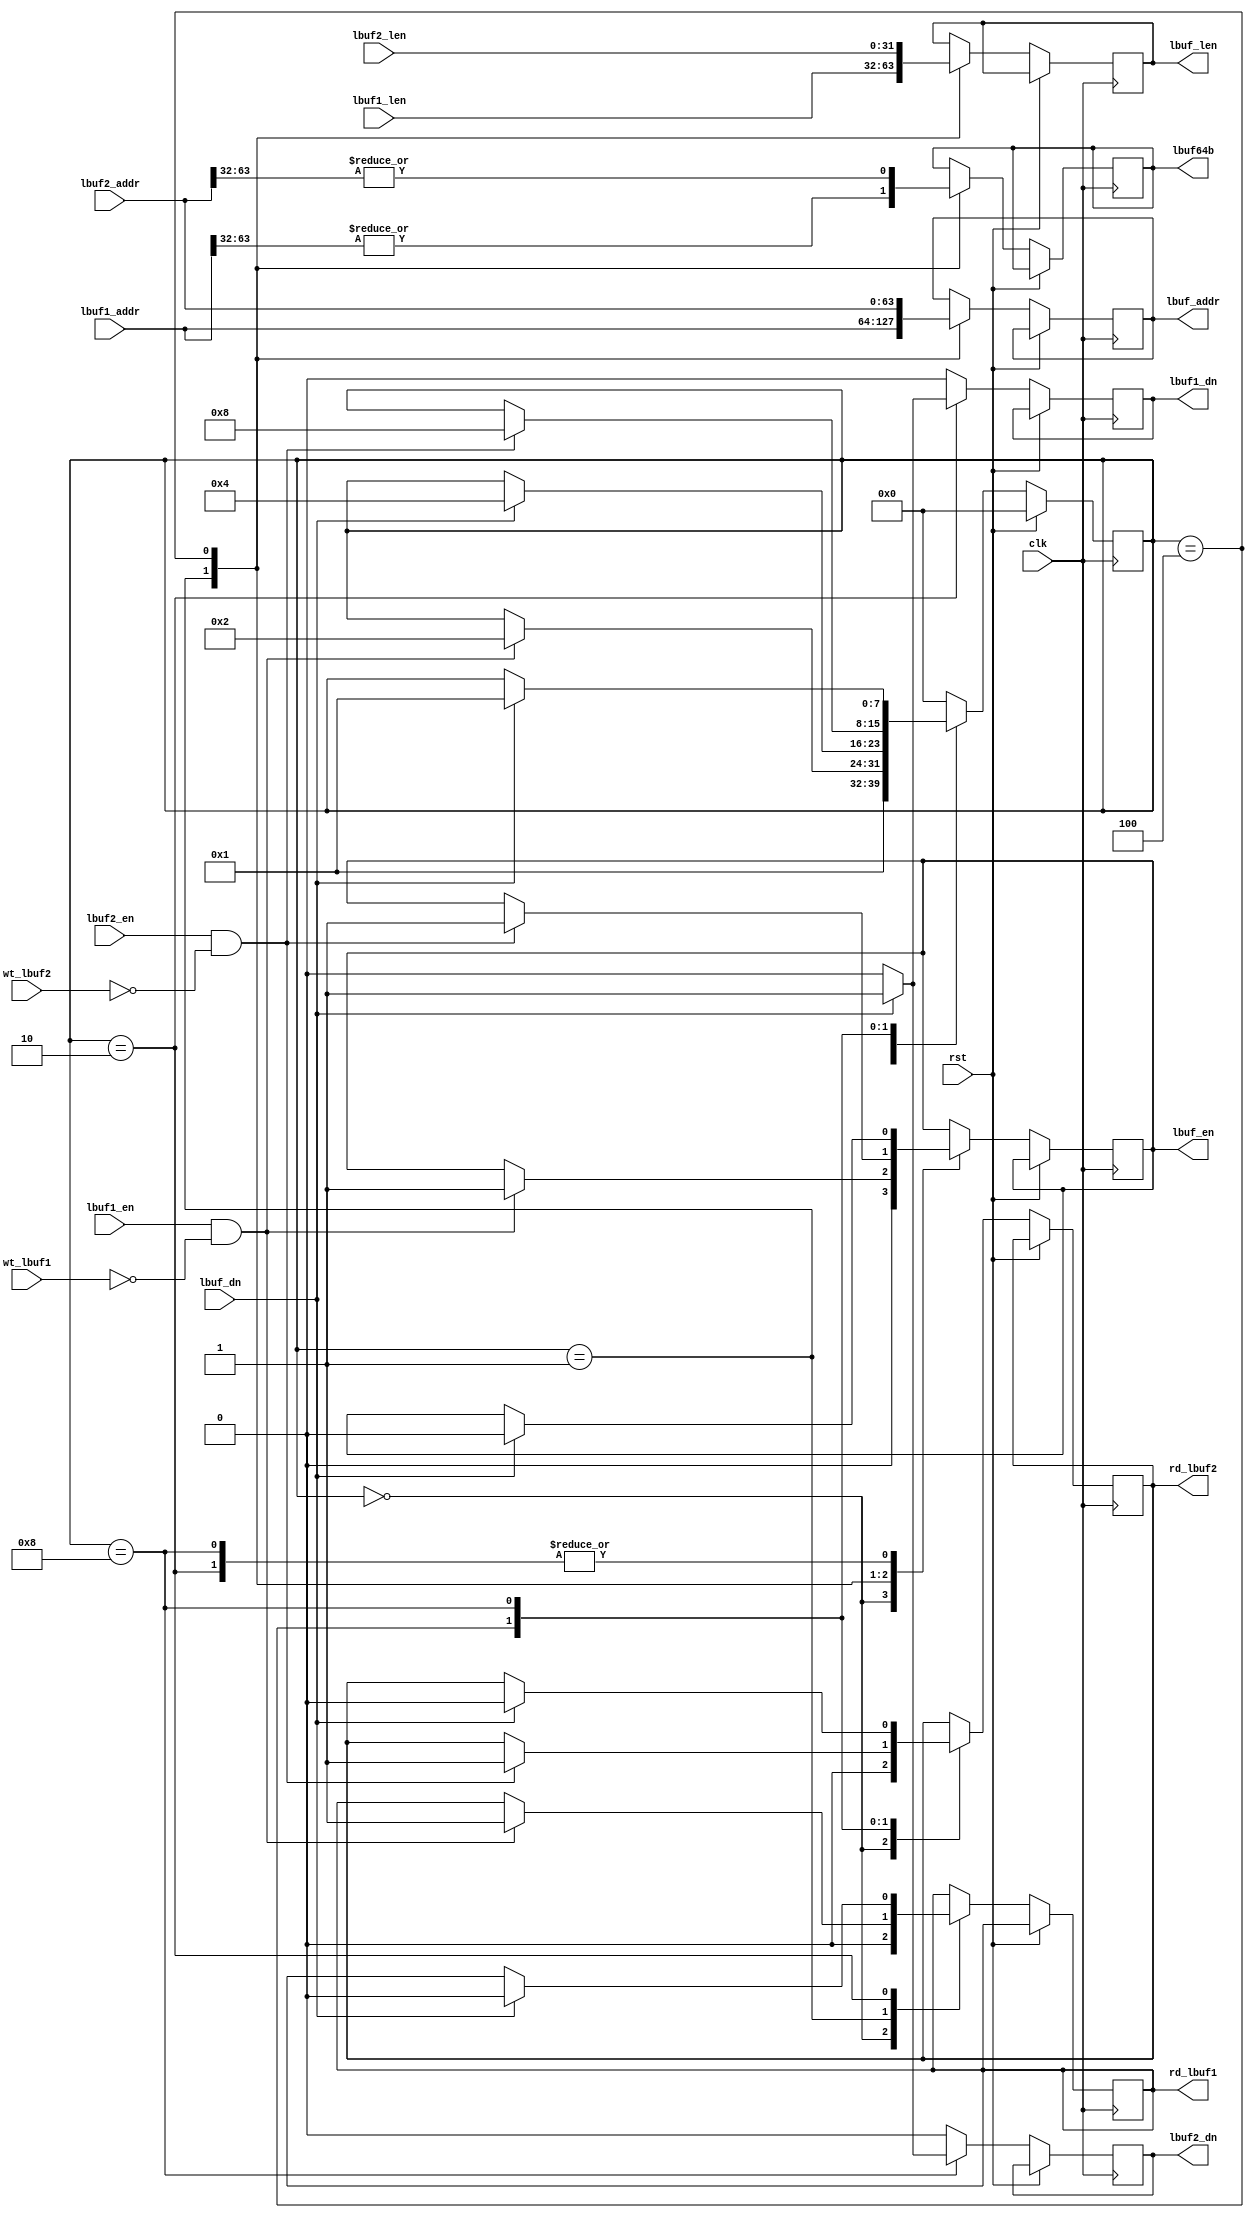
/*******************************************************************************
*
*  NetFPGA-10G http://www.netfpga.org
*
*  File:
*        gv_lbuf.v
*
*  Project:
*
*
*  Author:
*        Marco Forconesi
*
*  Description:
*        Gives lbufs.
*
*
*    This code is initially developed for the Network-as-a-Service (NaaS) project.
*
*  Copyright notice:
*        Copyright (C) 2014 University of Cambridge
*
*  Licence:
*        This file is part of the NetFPGA 10G development base package.
*
*        This file is free code: you can redistribute it and/or modify it under
*        the terms of the GNU Lesser General Public License version 2.1 as
*        published by the Free Software Foundation.
*
*        This package is distributed in the hope that it will be useful, but
*        WITHOUT ANY WARRANTY; without even the implied warranty of
*        MERCHANTABILITY or FITNESS FOR A PARTICULAR PURPOSE.  See the GNU
*        Lesser General Public License for more details.
*
*        You should have received a copy of the GNU Lesser General Public
*        License along with the NetFPGA source package.  If not, see
*        http://www.gnu.org/licenses/.
*
*/

//////////////////////////////////////////////////////////////////////////////////////////////
//////////////////////////////////////////////////////////////////////////////////////////////
`timescale 1ns / 1ps
//`default_nettype none

module gv_lbuf (

    input                    clk,
    input                    rst,

    // hst_ctrl
    input        [63:0]      lbuf1_addr,
    input        [31:0]      lbuf1_len,
    input                    lbuf1_en,
    output reg               lbuf1_dn,

    input        [63:0]      lbuf2_addr,
    input        [31:0]      lbuf2_len,
    input                    lbuf2_en,
    output reg               lbuf2_dn,

    // gv_lbuf
    output reg               rd_lbuf1,
    output reg               rd_lbuf2,
    input                    wt_lbuf1,
    input                    wt_lbuf2,
    output reg   [63:0]      lbuf_addr,
    output reg   [31:0]      lbuf_len,
    output reg               lbuf_en,
    output reg               lbuf64b,
    input                    lbuf_dn
    );

    // localparam
    localparam s0 = 8'b00000000;
    localparam s1 = 8'b00000001;
    localparam s2 = 8'b00000010;
    localparam s3 = 8'b00000100;
    localparam s4 = 8'b00001000;
    localparam s5 = 8'b00010000;
    localparam s6 = 8'b00100000;
    localparam s7 = 8'b01000000;
    localparam s8 = 8'b10000000;

    //-------------------------------------------------------
    // Local gv_lbuf
    //-------------------------------------------------------
    reg          [7:0]       giv_lbuf_fsm;

    ////////////////////////////////////////////////
    // gv_lbuf
    ////////////////////////////////////////////////
    always @(posedge clk) begin

        if (rst) begin  // rst
            giv_lbuf_fsm <= s0;
        end

        else begin  // not rst

            lbuf1_dn <= 1'b0;
            lbuf2_dn <= 1'b0;

            case (giv_lbuf_fsm)

                s0 : begin
                    lbuf_en <= 1'b0;
                    rd_lbuf1 <= 1'b0;
                    rd_lbuf2 <= 1'b0;
                    giv_lbuf_fsm <= s1;
                end

                s1 : begin
                    lbuf_addr <= lbuf1_addr;
                    lbuf_len <= lbuf1_len;
                    lbuf64b <= | lbuf1_addr[63:32];
                    if (lbuf1_en && !wt_lbuf1) begin
                        lbuf_en <= 1'b1;
                        rd_lbuf1 <= 1'b1;
                        giv_lbuf_fsm <= s2;
                    end
                end

                s2 : begin
                    if (lbuf_dn) begin
                        lbuf_en <= 1'b0;
                        rd_lbuf1 <= 1'b0;
                        lbuf1_dn <= 1'b1;
                        giv_lbuf_fsm <= s3;
                    end
                end

                s3 : begin
                    lbuf_addr <= lbuf2_addr;
                    lbuf_len <= lbuf2_len;
                    lbuf64b <= | lbuf2_addr[63:32];
                    if (lbuf2_en && !wt_lbuf2) begin
                        lbuf_en <= 1'b1;
                        rd_lbuf2 <= 1'b1;
                        giv_lbuf_fsm <= s4;
                    end
                end

                s4 : begin
                    if (lbuf_dn) begin
                        lbuf_en <= 1'b0;
                        rd_lbuf2 <= 1'b0;
                        lbuf2_dn <= 1'b1;
                        giv_lbuf_fsm <= s1;
                    end
                end

                default : begin
                    giv_lbuf_fsm <= s0;
                end

            endcase
        end     // not rst
    end  //always

endmodule // gv_lbuf

//////////////////////////////////////////////////////////////////////////////////////////////
//////////////////////////////////////////////////////////////////////////////////////////////